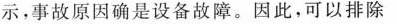
示，事故原因确是设备故障。因此，可以排除